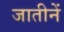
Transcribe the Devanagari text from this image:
जातीनें